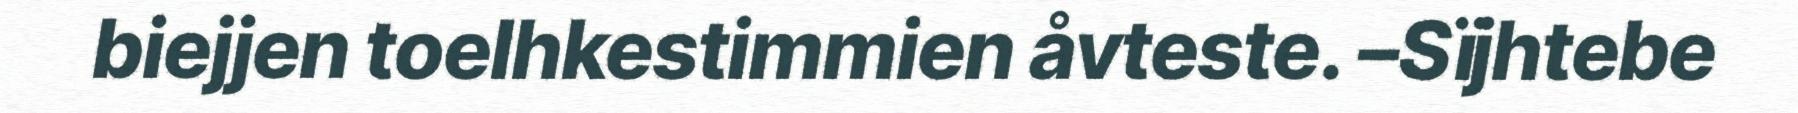
biejjen toelhkestimmien åvteste. –Sïjhtebe